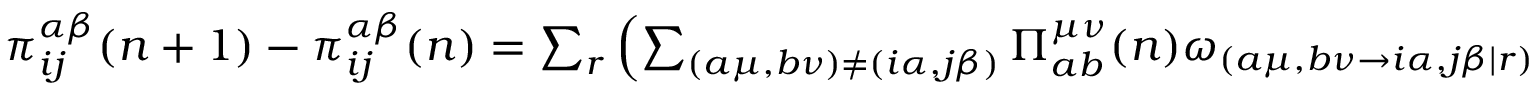
\begin{array} { r } { \pi _ { i j } ^ { \alpha \beta } ( n + 1 ) - \pi _ { i j } ^ { \alpha \beta } ( n ) = \sum _ { r } \left( \sum _ { ( a \mu , b \nu ) \neq ( i \alpha , j \beta ) } \Pi _ { a b } ^ { \mu \nu } ( n ) \omega _ { ( a \mu , b \nu \rightarrow i \alpha , j \beta | r ) } - \Pi _ { i j } ^ { \alpha \beta } ( n ) \right) p ( r u l e = r ) } \end{array}